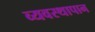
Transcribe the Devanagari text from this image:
व्यवस्थापान